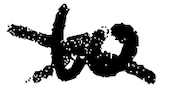
Text: to
Cross-out: cross
Writing tool: digital_black